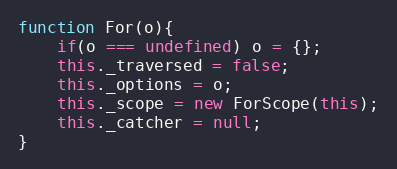
Language: JavaScript
function For(o){
	if(o === undefined) o = {};
	this._traversed = false;
	this._options = o;
	this._scope = new ForScope(this);
	this._catcher = null;
}